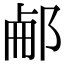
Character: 𨛖